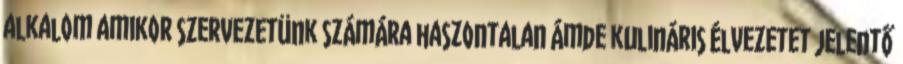
alkalom amikor szervezetünk számára haszontalan ámde kulináris élvezetet jelentő